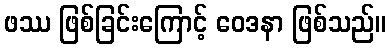
ဖဿ ဖြစ်ခြင်းကြောင့် ဝေဒနာ ဖြစ်သည်။